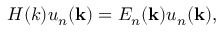
H ( k ) u _ { n } ( \mathbf { k } ) = E _ { n } ( \mathbf { k } ) u _ { n } ( \mathbf { k } ) ,